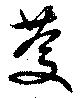
慶